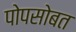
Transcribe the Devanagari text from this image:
पोपसोबत